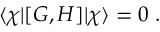
\langle \chi | [ G , H ] | \chi \rangle = 0 \ .